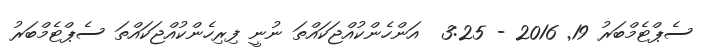
ސެޕްޓެމްބަރު 19